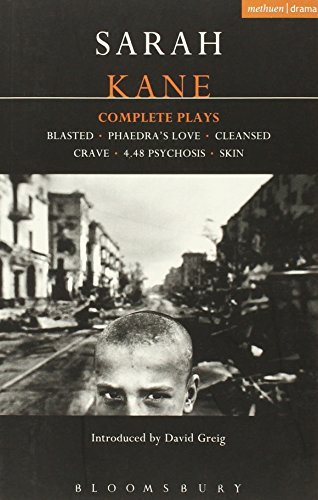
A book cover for Sarah Kane: Complete Plays (Contemporary Dramatists); Sarah Kane; Literature & Fiction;